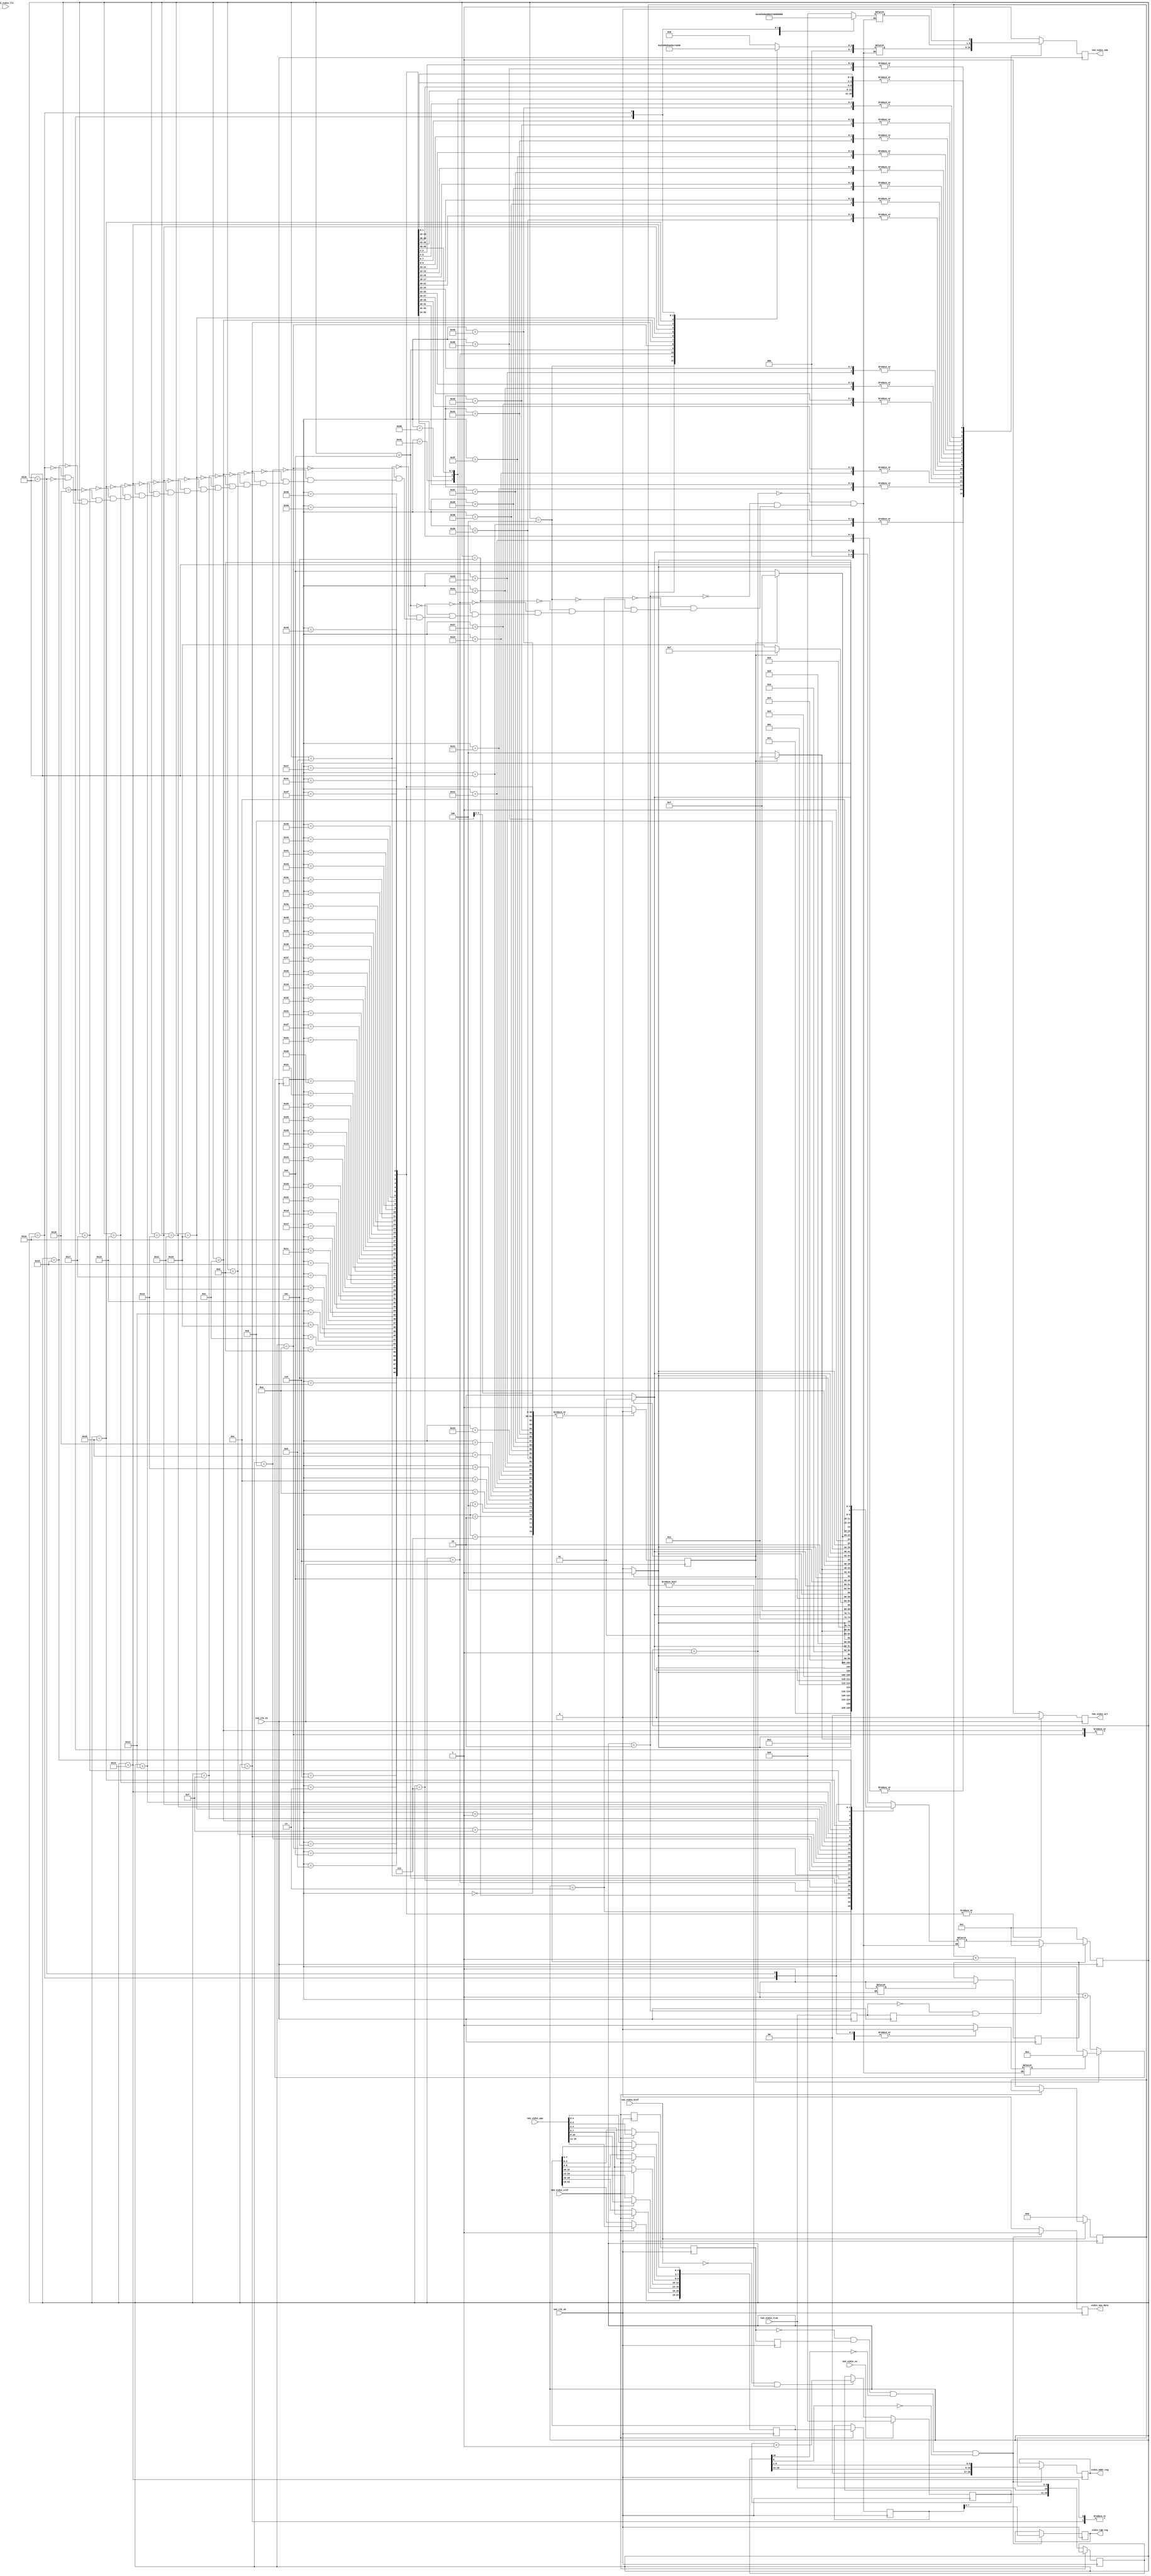
// originally created by Marcus van Ierssel
// modified by Ahmad Darabiha, Feb. 2002
// this circuit receives the rgbvideo  signal
// from video input and send it to chip #2
// for buffring and processing.
module sv_chip3_hierarchy_no_mem (tm3_clk_v0, tm3_clk_v2, tm3_vidin_llc, tm3_vidin_vs, tm3_vidin_href, tm3_vidin_cref, tm3_vidin_rts0, tm3_vidin_vpo, tm3_vidin_sda, tm3_vidin_scl, vidin_new_data, vidin_rgb_reg, vidin_addr_reg);

   input tm3_clk_v0; 
   input tm3_clk_v2; 
   input tm3_vidin_llc; 
   input tm3_vidin_vs; 
   input tm3_vidin_href; 
   input tm3_vidin_cref; 
   input tm3_vidin_rts0; 
   input[15:0] tm3_vidin_vpo; 
   output tm3_vidin_sda; 
   wire tm3_vidin_sda;
   reg tm3_vidin_sda_xhdl0;
   output tm3_vidin_scl; 
   reg tm3_vidin_scl;
   output vidin_new_data; 
   reg vidin_new_data;
   output[7:0] vidin_rgb_reg; 
   reg[7:0] vidin_rgb_reg;
   output[18:0] vidin_addr_reg; 
   reg[18:0] vidin_addr_reg;

   reg temp_reg1; 
   reg temp_reg2; 
   reg[9:0] horiz; 
   reg[7:0] vert; 
   reg creg1; 
   reg creg2; 
   reg creg3; 
   reg[18:0] vidin_addr_reg1; 
   reg[23:0] vidin_rgb_reg1; 
   reg[23:0] vidin_rgb_reg2; 
   parameter[4:0] reg_prog1 = 5'b00001; 
   parameter[4:0] reg_prog2 = 5'b00010; 
   parameter[4:0] reg_prog3 = 5'b00011; 
   parameter[4:0] reg_prog4 = 5'b00100; 
   parameter[4:0] reg_prog5 = 5'b00101; 
   parameter[4:0] reg_prog6 = 5'b00110; 
   parameter[4:0] reg_prog7 = 5'b00111; 
   parameter[4:0] reg_prog8 = 5'b01000; 
   parameter[4:0] reg_prog9 = 5'b01001; 
   parameter[4:0] reg_prog10 = 5'b01010; 
   parameter[4:0] reg_prog11 = 5'b01011; 
   parameter[4:0] reg_prog12 = 5'b01100; 
   parameter[4:0] reg_prog13 = 5'b01101; 
   parameter[4:0] reg_prog14 = 5'b01110; 
   parameter[4:0] reg_prog15 = 5'b01111; 
   parameter[4:0] reg_prog16 = 5'b10000; 
   parameter[4:0] reg_prog17 = 5'b10001; 
   parameter[4:0] reg_prog18 = 5'b10010; 
   parameter[4:0] reg_prog19 = 5'b10011; 
   parameter[4:0] reg_prog20 = 5'b10100; 
   parameter[4:0] reg_prog21 = 5'b10101; 
   parameter[4:0] reg_prog22 = 5'b10110; 
   parameter[4:0] reg_prog23 = 5'b10111; 
   parameter[4:0] reg_prog24 = 5'b11000; 
   parameter[4:0] reg_prog25 = 5'b11001; 
   parameter[4:0] reg_prog26 = 5'b11010; 
   parameter[4:0] reg_prog_end = 5'b11011; 
   reg rst; 
   reg rst_done; 
   reg[7:0] iicaddr; 
   reg[7:0] iicdata; 
//   wire vidin_llc; 
//   wire vidin_llc_int; 
   reg[6:0] iic_state; 
   reg iic_stop; 
   reg iic_start; 
   reg[4:0] reg_prog_state; 
   reg[4:0] reg_prog_nextstate; 

   assign tm3_vidin_sda = tm3_vidin_sda_xhdl0;

 //  ibuf ibuf_inst (tm3_vidin_llc, vidin_llc_int); 
//   bufg bufg_inst (vidin_llc_int, vidin_llc); 

   // PAJ double clock is trouble...always @(vidin_llc)
   always @(posedge tm3_clk_v0)
   begin
         if (tm3_vidin_href == 1'b0)
         begin
            horiz <= 10'b0000000000 ; 
         end
         else
         begin
            if (tm3_vidin_cref == 1'b0)
            begin
               horiz <= horiz + 1 ; 
            end 
         end 
         if (tm3_vidin_vs == 1'b1)
         begin
            vert <= 8'b00000000 ; 
         end
         else
         begin
            if ((tm3_vidin_href == 1'b0) & (horiz != 10'b0000000000))
            begin
               vert <= vert + 1 ; 
            end 
         end 
         if (tm3_vidin_cref == 1'b1)
         begin
            vidin_rgb_reg1[23:19] <= tm3_vidin_vpo[15:11] ; 
            vidin_rgb_reg1[15:13] <= tm3_vidin_vpo[10:8] ; 
            vidin_rgb_reg1[18:16] <= tm3_vidin_vpo[7:5] ; 
            vidin_rgb_reg1[9:8] <= tm3_vidin_vpo[4:3] ; 
            vidin_rgb_reg1[2:0] <= tm3_vidin_vpo[2:0] ; 
            vidin_rgb_reg2 <= vidin_rgb_reg1 ; 
         end
         else
         begin
            vidin_rgb_reg1[12:10] <= tm3_vidin_vpo[7:5] ; 
            vidin_rgb_reg1[7:3] <= tm3_vidin_vpo[4:0] ; 
            vidin_addr_reg1 <= {vert, tm3_vidin_rts0, horiz} ; 
         end 
   end 

   always @(posedge tm3_clk_v0)
   begin
         creg1 <= tm3_vidin_cref ; 
         creg2 <= creg1 ; 
         creg3 <= creg2 ; 
         if ((creg2 == 1'b0) & (creg3 == 1'b1) & ((vidin_addr_reg1[10]) == 1'b0) & ((vidin_addr_reg1[0]) == 1'b0))
         begin
            vidin_new_data <= 1'b1 ; 
            vidin_rgb_reg <= vidin_rgb_reg2[7:0] ; 
            vidin_addr_reg <= {({2'b00, vidin_addr_reg1[18:11]}), vidin_addr_reg1[9:1]} ; 
         end
         else
         begin
            vidin_new_data <= 1'b0 ; 
         end 
   end 

   always @(posedge tm3_clk_v2)
   begin
	// A: Worked around scope issue by moving iic_stop into every case. 
       case (iic_state)
            7'b0000000 :
                     begin
			iic_stop <= 1'b0 ; 
                        tm3_vidin_sda_xhdl0 <= 1'b0 ; 
                        tm3_vidin_scl <= 1'b1 ; 
                     end
            7'b0000001 :
                     begin
			iic_stop <= 1'b0 ; 
                        tm3_vidin_sda_xhdl0 <= 1'b1 ; 
                        tm3_vidin_scl <= 1'b1 ; 
                     end
            7'b0000010 :
                     begin
			iic_stop <= 1'b0 ; 
                        tm3_vidin_sda_xhdl0 <= 1'b0 ; 
                        tm3_vidin_scl <= 1'b1 ; 
                     end
            7'b0000011 :
                     begin
			iic_stop <= 1'b0 ; 
                        tm3_vidin_sda_xhdl0 <= 1'b0 ; 
                        tm3_vidin_scl <= 1'b0 ; 
                     end
            7'b0000100 :
                     begin
			iic_stop <= 1'b0 ; 
                        tm3_vidin_sda_xhdl0 <= 1'b0 ; 
                        tm3_vidin_scl <= 1'b1 ; 
                     end
            7'b0000101 :
                     begin
			iic_stop <= 1'b0 ; 
                        tm3_vidin_sda_xhdl0 <= 1'b0 ; 
                        tm3_vidin_scl <= 1'b0 ; 
                     end
            7'b0000110 :
                     begin
			iic_stop <= 1'b0 ; 
                      	tm3_vidin_sda_xhdl0 <= 1'b1 ; 
                        tm3_vidin_scl <= 1'b0 ; 
                     end
            7'b0000111 :
                     begin
			iic_stop <= 1'b0 ; 
                        tm3_vidin_sda_xhdl0 <= 1'b1 ; 
                        tm3_vidin_scl <= 1'b1 ; 
                     end
            7'b0001000 :
                     begin
			iic_stop <= 1'b0 ; 
                        tm3_vidin_sda_xhdl0 <= 1'b1 ; 
                        tm3_vidin_scl <= 1'b0 ; 
                     end
            7'b0001001 :
                     begin
			iic_stop <= 1'b0 ; 
                        tm3_vidin_sda_xhdl0 <= 1'b0 ; 
                        tm3_vidin_scl <= 1'b0 ; 
                     end
            7'b0001010 :
                     begin
			iic_stop <= 1'b0 ; 
                        tm3_vidin_sda_xhdl0 <= 1'b0 ; 
                        tm3_vidin_scl <= 1'b1 ; 
                     end
            7'b0001011 :
                     begin
			iic_stop <= 1'b0 ; 
                        tm3_vidin_sda_xhdl0 <= 1'b0 ; 
                        tm3_vidin_scl <= 1'b0 ; 
                     end
            7'b0001100 :
                     begin
			iic_stop <= 1'b0 ; 
                        tm3_vidin_sda_xhdl0 <= 1'b0 ; 
                        tm3_vidin_scl <= 1'b1 ; 
                     end
            7'b0001101 :
                     begin
			iic_stop <= 1'b0 ; 
                        tm3_vidin_sda_xhdl0 <= 1'b0 ; 
                        tm3_vidin_scl <= 1'b0 ; 
                     end
            7'b0001110 :
                     begin
			iic_stop <= 1'b0 ; 
                        tm3_vidin_sda_xhdl0 <= 1'b1 ; 
                        tm3_vidin_scl <= 1'b0 ; 
                     end
            7'b0001111 :
                     begin
			iic_stop <= 1'b0 ; 
                        tm3_vidin_sda_xhdl0 <= 1'b1 ; 
                        tm3_vidin_scl <= 1'b1 ; 
                     end
            7'b0010000 :
                     begin
			iic_stop <= 1'b0 ; 
                        tm3_vidin_sda_xhdl0 <= 1'b1 ; 
                        tm3_vidin_scl <= 1'b0 ; 
                     end
            7'b0010001 :
                     begin
			iic_stop <= 1'b0 ; 
                        tm3_vidin_sda_xhdl0 <= 1'b0 ; 
                        tm3_vidin_scl <= 1'b0 ; 
                     end
            7'b0010010 :
                     begin
			iic_stop <= 1'b0 ; 
                        tm3_vidin_sda_xhdl0 <= 1'b0 ; 
                        tm3_vidin_scl <= 1'b1 ; 
                     end
            7'b0010011 :
                     begin
			iic_stop <= 1'b0 ; 
                        tm3_vidin_sda_xhdl0 <= 1'b0 ; 
                        tm3_vidin_scl <= 1'b0 ; 
                     end
            7'b0010101 :
                     begin
			iic_stop <= 1'b0 ; 
                        tm3_vidin_sda_xhdl0 <= 1'b0 ; 
                        tm3_vidin_scl <= 1'b0 ; 
                     end
            7'b0010110 :
                     begin
			iic_stop <= 1'b0 ; 
                        tm3_vidin_sda_xhdl0 <= 1'b0 ; 
                        tm3_vidin_scl <= 1'b1 ; 
                     end
            7'b0010111 :
                     begin
			iic_stop <= 1'b0 ; 
                        tm3_vidin_sda_xhdl0 <= 1'b0 ; 
                        tm3_vidin_scl <= 1'b0 ; 
                     end
            7'b0011000 :
                     begin
			iic_stop <= 1'b0 ; 
                        tm3_vidin_sda_xhdl0 <= 1'b0 ; 
                        tm3_vidin_scl <= 1'b1 ; 
                     end
            7'b0011001 :
                     begin
			iic_stop <= 1'b0 ; 
                        tm3_vidin_sda_xhdl0 <= 1'b0 ; 
                        tm3_vidin_scl <= 1'b0 ; 
                     end
            7'b0011010 :
                     begin
			iic_stop <= 1'b0 ; 
                        tm3_vidin_sda_xhdl0 <= iicaddr[7] ; 
                        tm3_vidin_scl <= 1'b0 ; 
                     end
            7'b0011011 :
                     begin
			iic_stop <= 1'b0 ; 
                        tm3_vidin_sda_xhdl0 <= iicaddr[7] ; 
                        tm3_vidin_scl <= 1'b1 ; 
                     end
            7'b0011100 :
                     begin
			iic_stop <= 1'b0 ; 
                        tm3_vidin_sda_xhdl0 <= iicaddr[7] ; 
                        tm3_vidin_scl <= 1'b0 ; 
                     end
            7'b0011101 :
                     begin
			iic_stop <= 1'b0 ; 
                        tm3_vidin_sda_xhdl0 <= iicaddr[6] ; 
                        tm3_vidin_scl <= 1'b0 ; 
                     end
            7'b0011110 :
                     begin
			iic_stop <= 1'b0 ; 
                        tm3_vidin_sda_xhdl0 <= iicaddr[6] ; 
                        tm3_vidin_scl <= 1'b1 ; 
                     end
            7'b0011111 :
                     begin
			iic_stop <= 1'b0 ; 
                        tm3_vidin_sda_xhdl0 <= iicaddr[6] ; 
                        tm3_vidin_scl <= 1'b0 ; 
                     end
            7'b0100000 :
                     begin
			iic_stop <= 1'b0 ; 
                        tm3_vidin_sda_xhdl0 <= iicaddr[5] ; 
                        tm3_vidin_scl <= 1'b0 ; 
                     end
            7'b0100001 :
                     begin
			iic_stop <= 1'b0 ; 
                        tm3_vidin_sda_xhdl0 <= iicaddr[5] ; 
                        tm3_vidin_scl <= 1'b1 ; 
                     end
            7'b0100010 :
                     begin
			iic_stop <= 1'b0 ; 
                        tm3_vidin_sda_xhdl0 <= iicaddr[5] ; 
                        tm3_vidin_scl <= 1'b0 ; 
                     end
            7'b0100011 :
                     begin
			iic_stop <= 1'b0 ; 
                        tm3_vidin_sda_xhdl0 <= iicaddr[4] ; 
                        tm3_vidin_scl <= 1'b0 ; 
                     end
            7'b0100100 :
                     begin
			iic_stop <= 1'b0 ; 
                        tm3_vidin_sda_xhdl0 <= iicaddr[4] ; 
                        tm3_vidin_scl <= 1'b1 ; 
                     end
            7'b0100101 :
                     begin
			iic_stop <= 1'b0 ; 
                        tm3_vidin_sda_xhdl0 <= iicaddr[4] ; 
                        tm3_vidin_scl <= 1'b0 ; 
                     end
            7'b0100110 :
                     begin
			iic_stop <= 1'b0 ; 
                        tm3_vidin_sda_xhdl0 <= iicaddr[3] ; 
                        tm3_vidin_scl <= 1'b0 ; 
                     end
            7'b0100111 :
                     begin
			iic_stop <= 1'b0 ; 
                        tm3_vidin_sda_xhdl0 <= iicaddr[3] ; 
                        tm3_vidin_scl <= 1'b1 ; 
                     end
            7'b0101000 :
                     begin
			iic_stop <= 1'b0 ; 
                        tm3_vidin_sda_xhdl0 <= iicaddr[3] ; 
                        tm3_vidin_scl <= 1'b0 ; 
                     end
            7'b0101001 :
                     begin
			iic_stop <= 1'b0 ; 
                        tm3_vidin_sda_xhdl0 <= iicaddr[2] ; 
                        tm3_vidin_scl <= 1'b0 ; 
                     end
            7'b0101010 :
                     begin
			iic_stop <= 1'b0 ; 
                        tm3_vidin_sda_xhdl0 <= iicaddr[2] ; 
                        tm3_vidin_scl <= 1'b1 ; 
                     end
            7'b0101011 :
                     begin
			iic_stop <= 1'b0 ; 
                        tm3_vidin_sda_xhdl0 <= iicaddr[2] ; 
                        tm3_vidin_scl <= 1'b0 ; 
                     end
            7'b0101100 :
                     begin
			iic_stop <= 1'b0 ; 
                        tm3_vidin_sda_xhdl0 <= iicaddr[1] ; 
                        tm3_vidin_scl <= 1'b0 ; 
                     end
            7'b0101101 :
                     begin
			iic_stop <= 1'b0 ; 
                        tm3_vidin_sda_xhdl0 <= iicaddr[1] ; 
                        tm3_vidin_scl <= 1'b1 ; 
                     end
            7'b0101110 :
                     begin
			iic_stop <= 1'b0 ; 
                        tm3_vidin_sda_xhdl0 <= iicaddr[1] ; 
                        tm3_vidin_scl <= 1'b0 ; 
                     end
            7'b0101111 :
                     begin
			iic_stop <= 1'b0 ; 
                        tm3_vidin_sda_xhdl0 <= iicaddr[0] ; 
                        tm3_vidin_scl <= 1'b0 ; 
                     end
            7'b0110000 :
                     begin
			iic_stop <= 1'b0 ; 
                        tm3_vidin_sda_xhdl0 <= iicaddr[0] ; 
                        tm3_vidin_scl <= 1'b1 ; 
                     end
            7'b0110001 :
                     begin
			iic_stop <= 1'b0 ; 
                        tm3_vidin_sda_xhdl0 <= iicaddr[0] ; 
                        tm3_vidin_scl <= 1'b0 ; 
                     end
            7'b0110010 :
                     begin
			iic_stop <= 1'b0 ; 
                        tm3_vidin_sda_xhdl0 <= 1'b0 ; 
                        tm3_vidin_scl <= 1'b0 ; 
                     end
            7'b0110011 :
                     begin
			iic_stop <= 1'b0 ; 
                        tm3_vidin_sda_xhdl0 <= 1'b0 ; 
                        tm3_vidin_scl <= 1'b1 ; 
                     end
            7'b0110100 :
                     begin
			iic_stop <= 1'b0 ; 
                        tm3_vidin_sda_xhdl0 <= 1'b0 ; 
                        tm3_vidin_scl <= 1'b0 ; 
                     end
            7'b0110101 :
                     begin
			iic_stop <= 1'b0 ; 
                        tm3_vidin_sda_xhdl0 <= iicdata[7] ; 
                        tm3_vidin_scl <= 1'b0 ; 
                     end
            7'b0110110 :
                     begin
			iic_stop <= 1'b0 ; 
                        tm3_vidin_sda_xhdl0 <= iicdata[7] ; 
                        tm3_vidin_scl <= 1'b1 ; 
                     end
            7'b0110111 :
                     begin
			iic_stop <= 1'b0 ; 
                        tm3_vidin_sda_xhdl0 <= iicdata[7] ; 
                        tm3_vidin_scl <= 1'b0 ; 
                     end
            7'b0111000 :
                     begin
			iic_stop <= 1'b0 ; 
                        tm3_vidin_sda_xhdl0 <= iicdata[6] ; 
                        tm3_vidin_scl <= 1'b0 ; 
                     end
            7'b0111001 :
                     begin
			iic_stop <= 1'b0 ; 
                        tm3_vidin_sda_xhdl0 <= iicdata[6] ; 
                        tm3_vidin_scl <= 1'b1 ; 
                     end
            7'b0111010 :
                     begin
			iic_stop <= 1'b0 ; 
                        tm3_vidin_sda_xhdl0 <= iicdata[6] ; 
                        tm3_vidin_scl <= 1'b0 ; 
                     end
            7'b0111011 :
                     begin
			iic_stop <= 1'b0 ; 
                        tm3_vidin_sda_xhdl0 <= iicdata[5] ; 
                        tm3_vidin_scl <= 1'b0 ; 
                     end
            7'b0111100 :
                     begin
			iic_stop <= 1'b0 ; 
                        tm3_vidin_sda_xhdl0 <= iicdata[5] ; 
                        tm3_vidin_scl <= 1'b1 ; 
                     end
             7'b0111101 :
                     begin
			iic_stop <= 1'b0 ; 
                        tm3_vidin_sda_xhdl0 <= iicdata[5] ; 
                        tm3_vidin_scl <= 1'b0 ; 
                     end
            7'b0111110 :
                     begin
			iic_stop <= 1'b0 ; 
                        tm3_vidin_sda_xhdl0 <= iicdata[4] ; 
                        tm3_vidin_scl <= 1'b0 ; 
                     end
            7'b0111111 :
                     begin
			iic_stop <= 1'b0 ; 
                        tm3_vidin_sda_xhdl0 <= iicdata[4] ; 
                        tm3_vidin_scl <= 1'b1 ; 
                     end
            7'b1000000 :
                     begin
			iic_stop <= 1'b0 ; 
                        tm3_vidin_sda_xhdl0 <= iicdata[4] ; 
                        tm3_vidin_scl <= 1'b0 ; 
                     end
            7'b1000001 :
                     begin
			iic_stop <= 1'b0 ; 
                        tm3_vidin_sda_xhdl0 <= iicdata[3] ; 
                        tm3_vidin_scl <= 1'b0 ; 
                     end
            7'b1000010 :
                     begin
			iic_stop <= 1'b0 ; 
                        tm3_vidin_sda_xhdl0 <= iicdata[3] ; 
                        tm3_vidin_scl <= 1'b1 ; 
                     end
            7'b1000011 :
                     begin
			iic_stop <= 1'b0 ; 
                        tm3_vidin_sda_xhdl0 <= iicdata[3] ; 
                        tm3_vidin_scl <= 1'b0 ; 
                     end
            7'b1000100 :
                     begin
			iic_stop <= 1'b0 ; 
                        tm3_vidin_sda_xhdl0 <= iicdata[2] ; 
                        tm3_vidin_scl <= 1'b0 ; 
                     end
            7'b1000101 :
                     begin
			iic_stop <= 1'b0 ; 
                        tm3_vidin_sda_xhdl0 <= iicdata[2] ; 
                        tm3_vidin_scl <= 1'b1 ; 
                     end
            7'b1000110 :
                     begin
			iic_stop <= 1'b0 ; 
                        tm3_vidin_sda_xhdl0 <= iicdata[2] ; 
                        tm3_vidin_scl <= 1'b0 ; 
                     end
            7'b1000111 :
                     begin
			iic_stop <= 1'b0 ; 
                        tm3_vidin_sda_xhdl0 <= iicdata[1] ; 
                        tm3_vidin_scl <= 1'b0 ; 
                     end
            7'b1001000 :
                     begin
			iic_stop <= 1'b0 ; 
                        tm3_vidin_sda_xhdl0 <= iicdata[1] ; 
                        tm3_vidin_scl <= 1'b1 ; 
                     end
            7'b1001001 :
                     begin
			iic_stop <= 1'b0 ; 
                        tm3_vidin_sda_xhdl0 <= iicdata[1] ; 
                        tm3_vidin_scl <= 1'b0 ; 
                     end
            7'b1001010 :
                     begin
			iic_stop <= 1'b0 ; 
                        tm3_vidin_sda_xhdl0 <= iicdata[0] ; 
                        tm3_vidin_scl <= 1'b0 ; 
                     end
            7'b1001011 :
                     begin
			iic_stop <= 1'b0 ; 
                        tm3_vidin_sda_xhdl0 <= iicdata[0] ; 
                        tm3_vidin_scl <= 1'b1 ; 
                     end
            7'b1001100 :
                     begin
			iic_stop <= 1'b0 ; 
                        tm3_vidin_sda_xhdl0 <= iicdata[0] ; 
                        tm3_vidin_scl <= 1'b0 ; 
                     end
            7'b1001101 :
                     begin
			iic_stop <= 1'b0 ; 
                        tm3_vidin_sda_xhdl0 <= 1'b0 ; 
                        tm3_vidin_scl <= 1'b0 ; 
                     end
            7'b1001110 :
                     begin
			iic_stop <= 1'b0 ; 
                        tm3_vidin_sda_xhdl0 <= 1'b0 ; 
                        tm3_vidin_scl <= 1'b1 ; 
                     end
            7'b1001111 :
                     begin
			iic_stop <= 1'b0 ; 
                        tm3_vidin_sda_xhdl0 <= 1'b0 ; 
                        tm3_vidin_scl <= 1'b0 ; 
                     end
            7'b1010000 :
                     begin
			iic_stop <= 1'b0 ; 
                        tm3_vidin_sda_xhdl0 <= 1'b0 ; 
                        tm3_vidin_scl <= 1'b1 ; 
                     end
            7'b1010001 :
                     begin
                        iic_stop <= 1'b1 ; 
                        tm3_vidin_sda_xhdl0 <= 1'b1 ; 
                        tm3_vidin_scl <= 1'b1 ; 
                     end
            default :
                     begin
                        iic_stop <= 1'b1 ; 
                        tm3_vidin_sda_xhdl0 <= 1'b1 ; 
                        tm3_vidin_scl <= 1'b1 ; 
                     end
         endcase 
   end 

   always @(reg_prog_state or iic_stop)
   begin
      case (reg_prog_state)
         reg_prog1 :
                  begin
                     rst_done = 1'b1 ; 
                     iicaddr = 8'b00000000 ; 
                     iicdata = 8'b00000000 ; 
                     iic_start = 1'b1 ; 
                     if (iic_stop == 1'b0)
                     begin
                        reg_prog_nextstate = reg_prog2 ; 
                     end
                     else
                     begin
                        reg_prog_nextstate = reg_prog1 ; 
                     end 

                 end
         reg_prog2 :
                  begin
                     iicaddr = 8'b00000010 ; 
                     iicdata = {5'b11000, 3'b000} ; 
                     iic_start = 1'b0 ; 
                     if (iic_stop == 1'b1)
                     begin
                        reg_prog_nextstate = reg_prog3 ; 
                     end
                     else
                     begin
                        reg_prog_nextstate = reg_prog2 ; 
                     end 
                  end
         reg_prog3 :
                  begin
                     iicaddr = 8'b00000000 ; 
                     iicdata = 8'b00000000 ; 
                     iic_start = 1'b1 ; 
                     if (iic_stop == 1'b0)
                     begin
                        reg_prog_nextstate = reg_prog4 ; 
                     end
                     else
                     begin
                        reg_prog_nextstate = reg_prog3 ; 
                     end 
                  end
         reg_prog4 :
                  begin
                     iicaddr = 8'b00000011 ; 
                     iicdata = 8'b00100011 ; 
                     iic_start = 1'b0 ; 
                     if (iic_stop == 1'b1)
                     begin
                        reg_prog_nextstate = reg_prog5 ; 
                     end
                     else
                     begin
                        reg_prog_nextstate = reg_prog4 ; 
                     end 
                  end
         reg_prog5 :
                  begin
                     iicaddr = 8'b00000000 ; 
                     iicdata = 8'b00000000 ; 
                     iic_start = 1'b1 ; 
                     if (iic_stop == 1'b0)
                     begin
                        reg_prog_nextstate = reg_prog6 ; 
                     end
                     else
                     begin
                        reg_prog_nextstate = reg_prog5 ; 
                     end 
                  end
         reg_prog6 :
                  begin
                     iicaddr = 8'b00000110 ; 
                     iicdata = 8'b11101011 ; 
                     iic_start = 1'b0 ; 
                     if (iic_stop == 1'b1)
                     begin
                        reg_prog_nextstate = reg_prog7 ; 
                     end
                     else
                     begin

                       reg_prog_nextstate = reg_prog6 ; 
                     end 
                  end
         reg_prog7 :
                  begin
                     iicaddr = 8'b00000000 ; 
                     iicdata = 8'b00000000 ; 
                     iic_start = 1'b1 ; 
                     if (iic_stop == 1'b0)
                     begin
                        reg_prog_nextstate = reg_prog8 ; 
                     end
                     else
                     begin
                        reg_prog_nextstate = reg_prog7 ; 
                     end 
                  end
         reg_prog8 :
                  begin
                     iicaddr = 8'b00000111 ; 
                     iicdata = 8'b11100000 ; 
                     iic_start = 1'b0 ; 
                     if (iic_stop == 1'b1)
                     begin
                        reg_prog_nextstate = reg_prog9 ; 
                     end
                     else
                     begin
                        reg_prog_nextstate = reg_prog8 ; 
                     end 
                  end
         reg_prog9 :
                  begin
                     iicaddr = 8'b00000000 ; 
                     iicdata = 8'b00000000 ; 
                     iic_start = 1'b1 ; 
                     if (iic_stop == 1'b0)
                     begin
                        reg_prog_nextstate = reg_prog10 ; 
                     end
                     else
                     begin
                        reg_prog_nextstate = reg_prog9 ; 
                     end 
                  end
         reg_prog10 :
                  begin
                     iicaddr = 8'b00001000 ; 
                     iicdata = 8'b10000000 ; 
                     iic_start = 1'b0 ; 
                     if (iic_stop == 1'b1)
                     begin
                        reg_prog_nextstate = reg_prog11 ; 
                     end
                     else
                     begin
                        reg_prog_nextstate = reg_prog10 ; 
                     end 
                  end
         reg_prog11 :
                  begin
                     iicaddr = 8'b00000000 ; 
                     iicdata = 8'b00000000 ; 
                     iic_start = 1'b1 ; 
                     if (iic_stop == 1'b0)
                     begin
                        reg_prog_nextstate = reg_prog12 ; 
                     end

                    else
                     begin
                        reg_prog_nextstate = reg_prog11 ; 
                     end 
                  end
         reg_prog12 :
                  begin
                     iicaddr = 8'b00001001 ; 
                     iicdata = 8'b00000001 ; 
                     iic_start = 1'b0 ; 
                     if (iic_stop == 1'b1)
                     begin
                        reg_prog_nextstate = reg_prog13 ; 
                     end
                     else
                     begin
                        reg_prog_nextstate = reg_prog12 ; 
                     end 
                  end
         reg_prog13 :
                  begin
                     iicaddr = 8'b00000000 ; 
                     iicdata = 8'b00000000 ; 
                     iic_start = 1'b1 ; 
                     if (iic_stop == 1'b0)
                     begin
                        reg_prog_nextstate = reg_prog14 ; 
                     end
                     else
                     begin
                        reg_prog_nextstate = reg_prog13 ; 
                     end 
                  end
         reg_prog14 :
                  begin
                     iicaddr = 8'b00001010 ; 
                     iicdata = 8'b10000000 ; 
                     iic_start = 1'b0 ; 
                     if (iic_stop == 1'b1)
                     begin
                        reg_prog_nextstate = reg_prog15 ; 
                     end
                     else
                     begin
                        reg_prog_nextstate = reg_prog14 ; 
                     end 
                  end
         reg_prog15 :
                  begin
                     iicaddr = 8'b00000000 ; 
                     iicdata = 8'b00000000 ; 
                     iic_start = 1'b1 ; 
                     if (iic_stop == 1'b0)
                     begin
                        reg_prog_nextstate = reg_prog16 ; 
                     end
                     else
                     begin
                        reg_prog_nextstate = reg_prog15 ; 
                     end 
                  end
         reg_prog16 :
                  begin
                     iicaddr = 8'b00001011 ; 
                     iicdata = 8'b01000111 ; 
                     iic_start = 1'b0 ; 
                     if (iic_stop == 1'b1)

                    begin
                        reg_prog_nextstate = reg_prog17 ; 
                     end
                     else
                     begin
                        reg_prog_nextstate = reg_prog16 ; 
                     end 
                  end
         reg_prog17 :
                  begin
                     iicaddr = 8'b00000000 ; 
                     iicdata = 8'b00000000 ; 
                     iic_start = 1'b1 ; 
                     if (iic_stop == 1'b0)
                     begin
                        reg_prog_nextstate = reg_prog18 ; 
                     end
                     else
                     begin
                        reg_prog_nextstate = reg_prog17 ; 
                     end 
                  end
         reg_prog18 :
                  begin
                     iicaddr = 8'b00001100 ; 
                     iicdata = 8'b01000000 ; 
                     iic_start = 1'b0 ; 
                     if (iic_stop == 1'b1)
                     begin
                        reg_prog_nextstate = reg_prog19 ; 
                     end
                     else
                     begin
                        reg_prog_nextstate = reg_prog18 ; 
                     end 
                  end
         reg_prog19 :
                  begin
                     iicaddr = 8'b00000000 ; 
                     iicdata = 8'b00000000 ; 
                     iic_start = 1'b1 ; 
                     if (iic_stop == 1'b0)
                     begin
                        reg_prog_nextstate = reg_prog20 ; 
                     end
                     else
                     begin
                        reg_prog_nextstate = reg_prog19 ; 
                     end 
                  end
         reg_prog20 :
                  begin
                     iicaddr = 8'b00001110 ; 
                     iicdata = 8'b00000001 ; 
                     iic_start = 1'b0 ; 
                     if (iic_stop == 1'b1)
                     begin
                        reg_prog_nextstate = reg_prog21 ; 
                     end
                     else
                     begin
                        reg_prog_nextstate = reg_prog20 ; 
                     end 
                  end
         reg_prog21 :
                  begin
                      iicaddr = 8'b00000000 ; 
                     iicdata = 8'b00000000 ; 
                     iic_start = 1'b1 ; 
                     if (iic_stop == 1'b0)
                     begin
                        reg_prog_nextstate = reg_prog22 ; 
                     end
                     else
                     begin
                        reg_prog_nextstate = reg_prog21 ; 
                     end 
                  end
         reg_prog22 :
                  begin
                     iicaddr = 8'b00010000 ; 
                     iicdata = 8'b00000000 ; 
                     iic_start = 1'b0 ; 
                     if (iic_stop == 1'b1)
                     begin
                        reg_prog_nextstate = reg_prog23 ; 
                     end
                     else
                     begin
                        reg_prog_nextstate = reg_prog22 ; 
                     end 
                  end
         reg_prog23 :
                  begin
                     iicaddr = 8'b00000000 ; 
                     iicdata = 8'b00000000 ; 
                     iic_start = 1'b1 ; 
                     if (iic_stop == 1'b0)
                     begin
                        reg_prog_nextstate = reg_prog24 ; 
                     end
                     else
                     begin
                        reg_prog_nextstate = reg_prog23 ; 
                     end 
                  end
         reg_prog24 :
                  begin
                     iicaddr = 8'b00010001 ; 
                     iicdata = 8'b00011100 ; 
                     iic_start = 1'b0 ; 
                     if (iic_stop == 1'b1)
                     begin
                        reg_prog_nextstate = reg_prog25 ; 
                     end
                     else
                     begin
                        reg_prog_nextstate = reg_prog24 ; 
                     end 
                  end
         reg_prog25 :
                  begin
                     iicaddr = 8'b00000000 ; 
                     iicdata = 8'b00000000 ; 
                     iic_start = 1'b1 ; 
                     if (iic_stop == 1'b0)
                     begin
                        reg_prog_nextstate = reg_prog26 ; 
                     end
                     else
                     begin
                        reg_prog_nextstate = reg_prog25 ; 
                     end 
                  end
         reg_prog26 :
                  begin
                     iicaddr = 8'b00010010 ; 
                     iicdata = 8'b00001001 ; 
                     iic_start = 1'b0 ; 
                     if (iic_stop == 1'b1)
                     begin
                        reg_prog_nextstate = reg_prog_end ; 
                     end
                     else
                     begin
                        reg_prog_nextstate = reg_prog26 ; 
                     end 
                  end
         reg_prog_end :
                  begin
                     iicaddr = 8'b00000000 ; 
                     iicdata = 8'b00000000 ; 
                     iic_start = 1'b0 ; 
                     reg_prog_nextstate = reg_prog_end ; 
                  end
      endcase 
   end 

   always @(posedge tm3_clk_v2)
   begin
         if (rst_done == 1'b1)
         begin
            rst <= 1'b1 ; 
         end 
         temp_reg1 <= tm3_vidin_rts0 ; 
         temp_reg2 <= temp_reg1 ; 
         if (rst == 1'b0)
         begin
            reg_prog_state <= reg_prog1 ; 
         end
         else if ((temp_reg1 == 1'b0) & (temp_reg2 == 1'b1))
         begin
            reg_prog_state <= reg_prog1 ; 
         end
         else
         begin
            reg_prog_state <= reg_prog_nextstate ; 
         end 
         if (iic_stop == 1'b0)
         begin
            iic_state <= iic_state + 1 ; 
         end
         else if (iic_start == 1'b1)
         begin
            iic_state <= 7'b0000001 ; 
         end 
   end 
endmodule